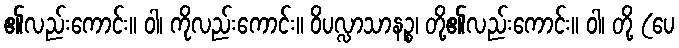
၏လည်းကောင်း။ ဝါ၊ ကိုလည်းကောင်း။ ဝိပလ္လာသာနဉ္စ၊ တို့၏လည်းကောင်း။ ဝါ၊ တို့ (ပေ